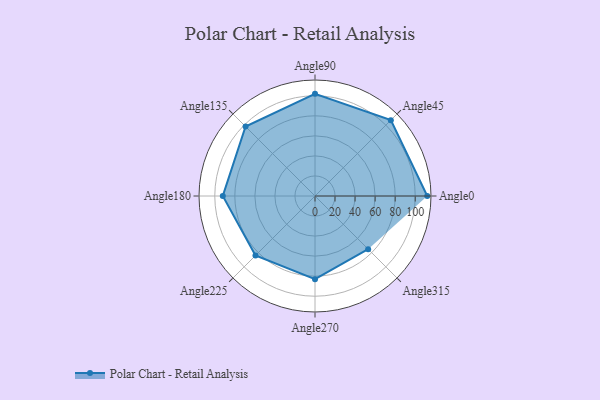
{"axis": {"x": "Angle", "y": "Radius"}, "legend": [""], "data": [{"x": "Angle0", "y": 112.0, "type": ""}, {"x": "Angle45", "y": 107.0, "type": ""}, {"x": "Angle90", "y": 102.0, "type": ""}, {"x": "Angle135", "y": 98.0, "type": ""}, {"x": "Angle180", "y": 92.0, "type": ""}, {"x": "Angle225", "y": 84.0, "type": ""}, {"x": "Angle270", "y": 83.0, "type": ""}, {"x": "Angle315", "y": 75.0, "type": ""}]}